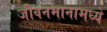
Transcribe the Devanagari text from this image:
जीवनमानामध्ये